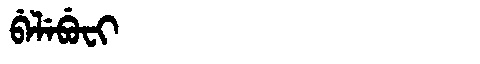
Manchu: ᠪᡝᠯᡝᠪᡠᠸᡳ
Romanization: BELEBUFI